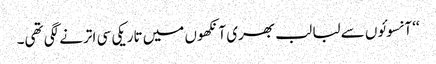
‘‘ آنسوئوں سے لبا لب بھری آنکھوں میں تاریکی سی اترنے لگی تھی۔